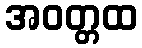
အဝတ္တထ